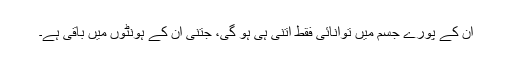
ان کے پورے جسم میں توانائی فقط اتنی ہی ہو گی، جتنی ان کے ہونٹوں میں باقی ہے۔